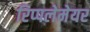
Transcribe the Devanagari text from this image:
रिप्‍पलेमेयर